Vaccine operations Central Provinces 1886-1899 - 1886-1899
Year: 1886
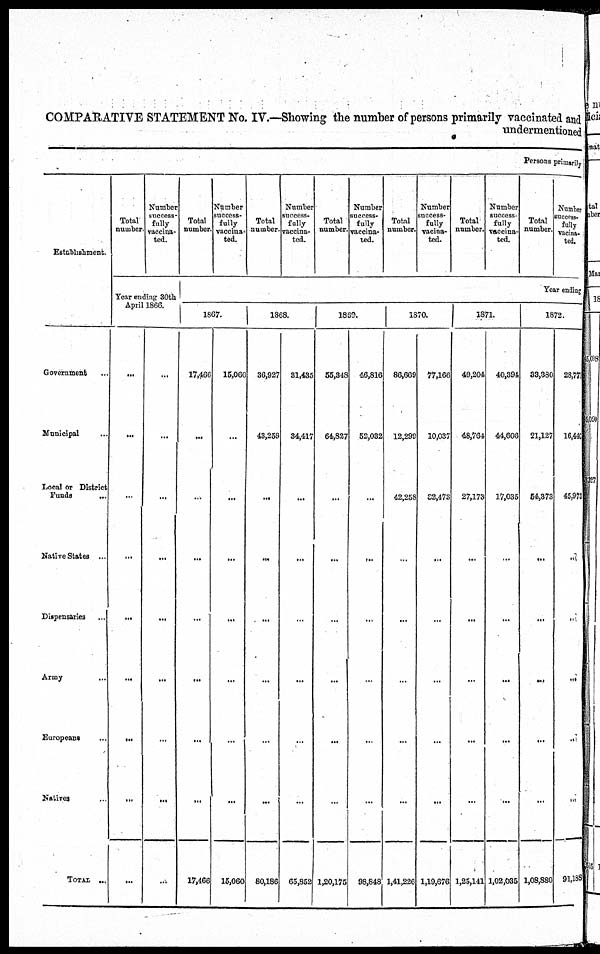
COMPARATIVE STATEMENT No. IV.—Showing the number of persons primarily vaccinated and
undermentioned
Persons primarily
Establishment.
Government
...
Municipal ...
Local or District
Funds
...
Native States ...
Dispensaries ...
Army
...
Europeans ...
Natives ...
TOTAL ...
Total
number
Number
success-
fully
vaccina-
ted.
Year ending 30th
April 1866.
...
...
...
...
...
...
...
...
...
...
...
...
...
...
...
...
...
...
Total
number
Number
success¬
fully
vaccina¬
ted.
Total
number.
Number
success¬
fully
vaccina-
ted.
Total
number.
Number
success-
fully
vaccina-
ted.
Total
number.
Number
success-
fully
vacilla-
ted.
Total
number.
Number
success-
fully
vaccina-
ted.
Total
number.
Number
success-
fully
vacina¬
ted.
Tear ending
1867.
17,466
...
...
...
...
...
...
...
17,466
15,060
...
...
...
...
...
...
...
15,060
1868.
36,927
43,259
...
...
...
...
...
...
80,186
31,435
34,417
...
...
...
...
...
...
65,852
1869.
55,348
64,827
...
...
...
...
...
...
1,20,175
46,816
52,032
...
...
...
...
...
...
98,848
1870.
86,669
12,299
42,258
...
...
...
...
...
1,41,226
77,166
10,037
32,473
...
...
...
...
...
1,19,676
1871.
49,204
48,764
27,173
...
...
...
...
...
1,25,141
40,394
44,606
17,035
...
...
...
...
...
1,02,035
1872.
33,380
21,127
54,373
...
...
...
...
...
1,08,880
28,771
16,440
45,973
...
...
...
...
...
91,188